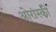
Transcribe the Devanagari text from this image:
ओरांस्की